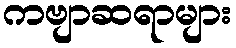
ကဗျာဆရာများ